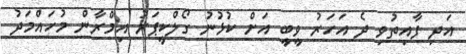
އަދި ފާއިތުވި ދެ އަހަރު ވީބީ އަށް ކުޅުނު ގޯލްކީޕަރު އިމްރާން މުހައްމަދު